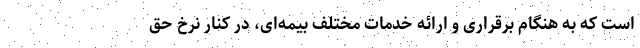
است که به هنگام برقراری و ارائه خدمات مختلف بیمه‌ای، در کنار نرخ حق